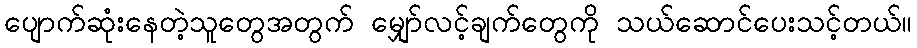
ပျောက်ဆုံးနေတဲ့သူတွေအတွက် မျှော်လင့်ချက်တွေကို သယ်ဆောင်ပေးသင့်တယ်။